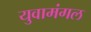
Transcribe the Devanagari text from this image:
युवामंगल